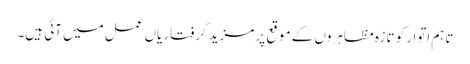
تاہم اتوار کو تازہ مظاہروں کے موقع پر مزید گرفتاریاں عمل میں آئی ہیں۔